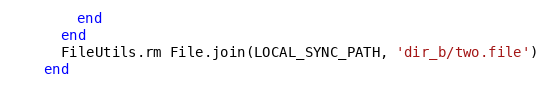
Language: Ruby
        end
      end
      FileUtils.rm File.join(LOCAL_SYNC_PATH, 'dir_b/two.file')
    end